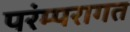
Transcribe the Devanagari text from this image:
परंम्परागत